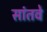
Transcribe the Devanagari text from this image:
सांतवे